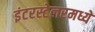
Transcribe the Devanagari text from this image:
इंटरस्टेलरमध्ये